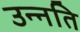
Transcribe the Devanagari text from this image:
उन्‍नति